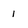
Character: 1